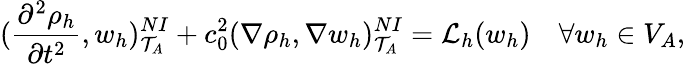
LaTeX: (\frac{\partial^{2}\rho_{h}}{\partial t^{2}},w_{h})_{\mathcal{T}_{A}}^{NI}+c_{0}^{2}(\nabla\rho_{h},\nabla w_{h})_{\mathcal{T}_{A}}^{NI}=\mathcal{L}_{h}(w_{h})\quad\forall w_{h}\in V_{A},